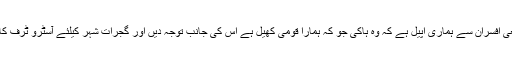
مقامی سیاستدانوں اور ضلعی افسران سے ہماری اپیل ہے کہ وہ ہاکی جو کہ ہمارا قومی کھیل ہے اس کی جانب توجہ دیں اور گجرات شہر کیلئے آسٹرو ٹرف کا منصوبہ مکمل کیا جائے۔